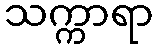
သက္ကာရာ